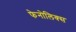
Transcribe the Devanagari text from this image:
फेनोलिक्स